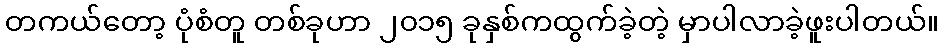
တကယ်တော့ ပုံစံတူ တစ်ခုဟာ ၂၀၁၅ ခုနှစ်ကထွက်ခဲ့တဲ့ မှာပါလာခဲ့ဖူးပါတယ်။